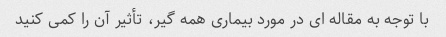
با توجه به مقاله ای در مورد بیماری همه گیر، تأثیر آن را کمی کنید